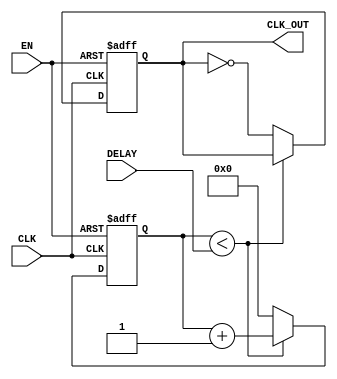
module DelayClockBuffer (
    input wire CLK,          // Input clock signal
    input wire EN,           // Enable signal
    input wire [3:0] DELAY,  // Delay control (4-bit for 16 possible delay settings)
    output reg CLK_OUT       // Output delayed clock signal
);

    // Internal signal for delay control
    reg [3:0] counter; // Counter for delay implementation

    // Clock generation with delay
    always @(posedge CLK or negedge EN) begin
        if (!EN) begin
            // If enable is low, hold output stable (assuming low)
            CLK_OUT <= 1'b0;
            counter <= 4'b0; // Reset counter
        end else begin
            // If enable is high, apply delay
            if (counter < DELAY) begin
                counter <= counter + 1; // Increment counter until delay is reached
            end else begin
                CLK_OUT <= ~CLK_OUT; // Toggle output clock after delay
                counter <= 4'b0; // Reset counter after toggling
            end
        end
    end

endmodule